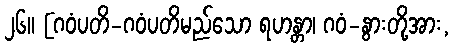
၂၆။ [ဂဝံပတိ-ဂဝံပတိမည်သော ရဟန္တာ၊ ဂဝံ-နွားတို့အား,